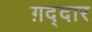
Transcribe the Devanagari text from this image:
ग़द्दार